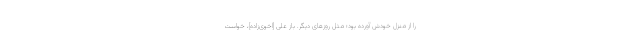
را از منزل خودش آورده بود؛ مثل روزهاى دیگر. باز على [اخوی‌زاده]، خواست